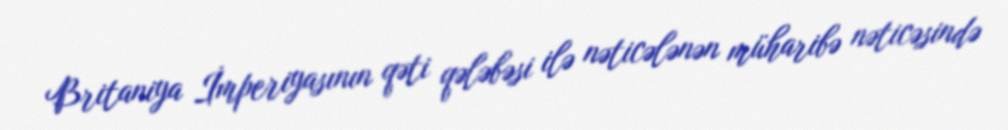
Britaniya İmperiyasının qəti qələbəsi ilə nəticələnən müharibə nəticəsində